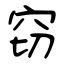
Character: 窃